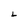
Character: L